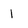
Character: 1